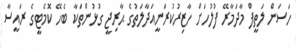
ހަސަން ލަތީފް މާދަމާރޭ ފުލުހަށް ހާޒިރުކުރަނީއަދާލަތުގެ ޙާރިޖީ ގުޅުންތަކާ ބެހޭ ކޮމެޓީގެ ރައީސާ